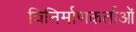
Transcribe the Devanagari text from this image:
विनिर्माणकर्ताओं